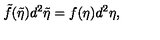
\tilde { f } ( \tilde { \eta } ) d ^ { 2 } \tilde { \eta } = f ( \eta ) d ^ { 2 } \eta ,